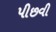
પીછવી